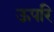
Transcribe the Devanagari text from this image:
ऊपरि